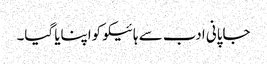
جاپانی ادب سے ہائیکو کواپنایا گیا۔